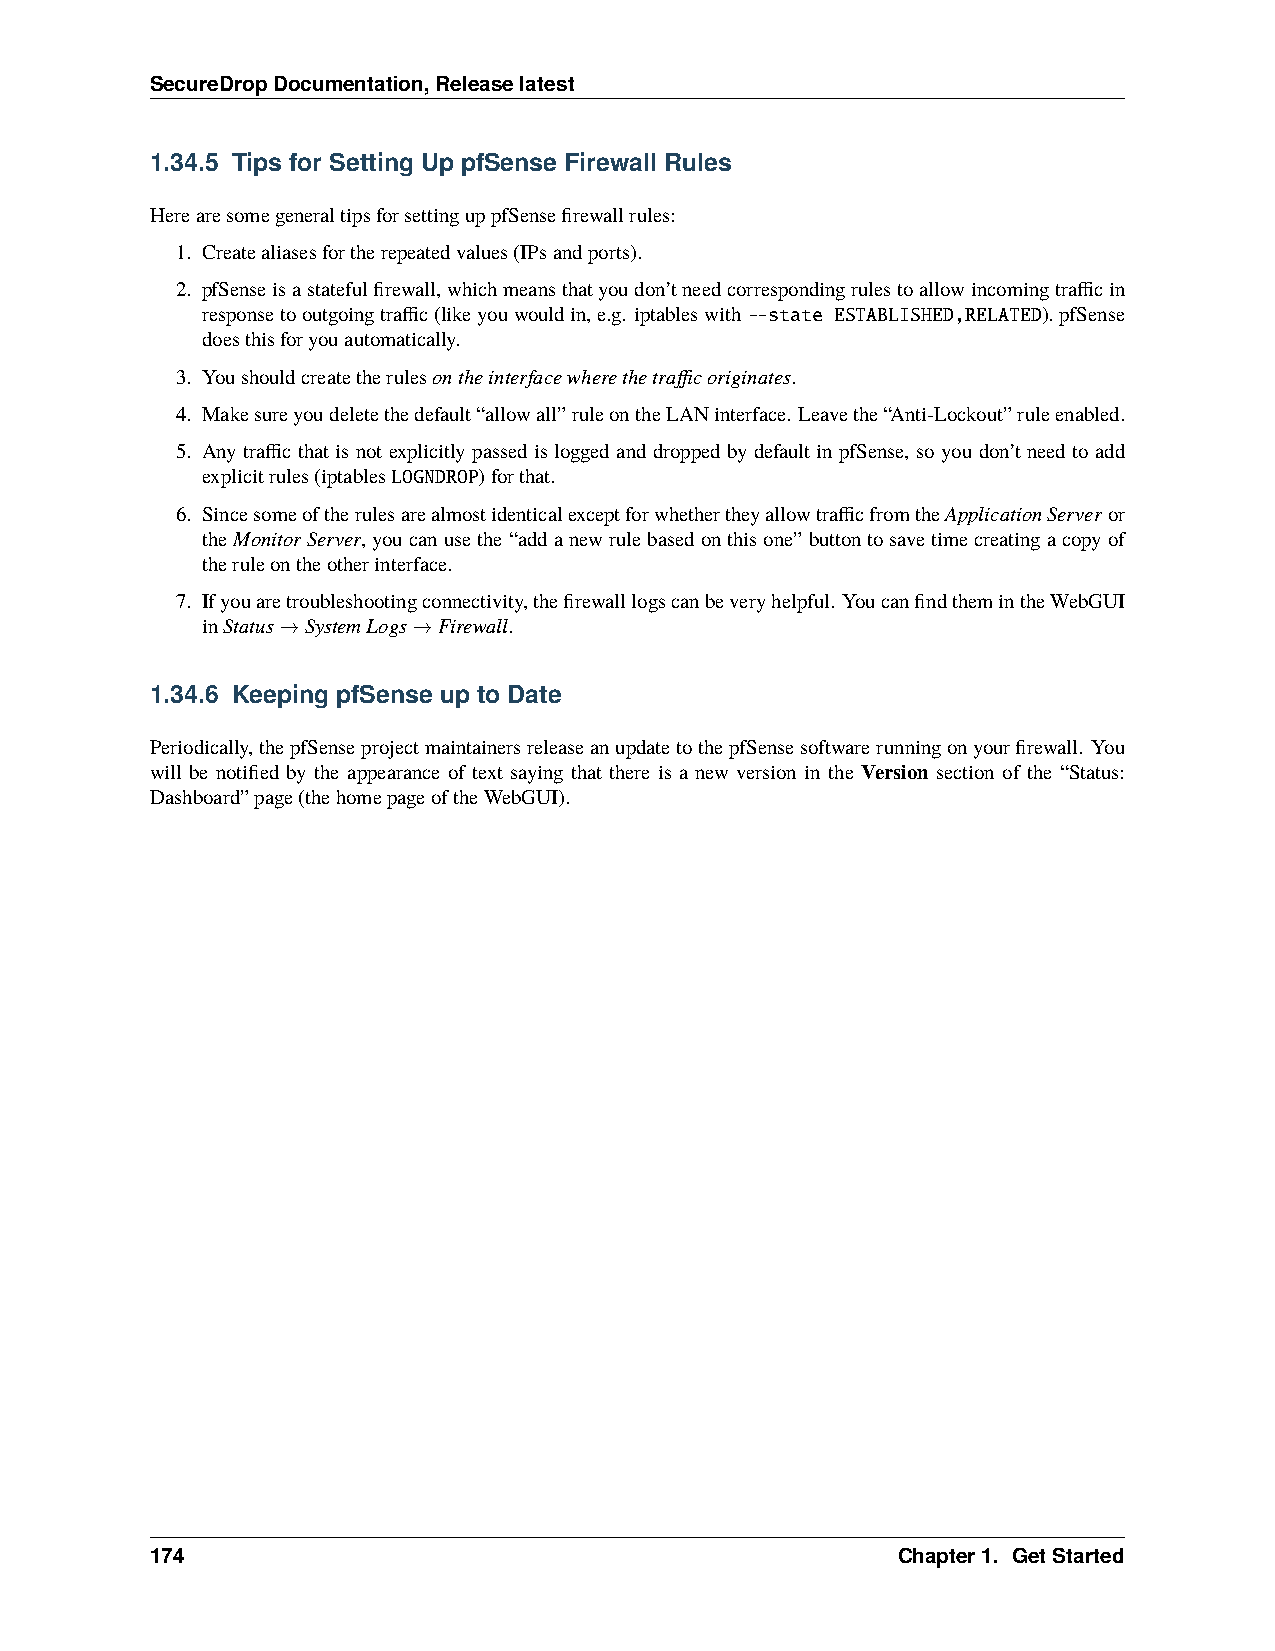
SecureDropDocumentation,Releaselatest
 1.34.5 Tips for Setting Up pfSense Firewall Rules
 HerearesomegeneraltipsforsettinguppfSensefirewallrules:
 1. Createaliasesfortherepeatedvalues(IPsandports).
 2. pfSenseisastatefulfirewall,whichmeansthatyoudon’tneedcorrespondingrulestoallowincomingtrafficin
 responsetooutgoingtraffic(likeyouwouldin,e.g. iptableswith--state ESTABLISHED,RELATED).pfSense
 doesthisforyouautomatically.
 3. Youshouldcreatetherulesontheinterfacewherethetrafficoriginates.
 4. Makesureyoudeletethedefault“allowall”ruleontheLANinterface. Leavethe“Anti-Lockout”ruleenabled.
 5. Any traffic that is not explicitly passed is logged and dropped by default in pfSense, so you don’t need to add
 explicitrules(iptablesLOGNDROP)forthat.
 6. SincesomeoftherulesarealmostidenticalexceptforwhethertheyallowtrafficfromtheApplicationServeror
 theMonitorServer,youcanusethe“addanewrulebasedonthisone”buttontosavetimecreatingacopyof
 theruleontheotherinterface.
 7. Ifyouaretroubleshootingconnectivity,thefirewalllogscanbeveryhelpful. YoucanfindthemintheWebGUI
 inStatus→SystemLogs→Firewall.
 1.34.6 Keeping pfSense up to Date
 Periodically,thepfSenseprojectmaintainersreleaseanupdatetothepfSensesoftwarerunningonyourfirewall. You
 will be notified by the appearance of text saying that there is a new version in the Version section of the “Status:
 Dashboard”page(thehomepageoftheWebGUI).
 174                                              Chapter1. GetStarted